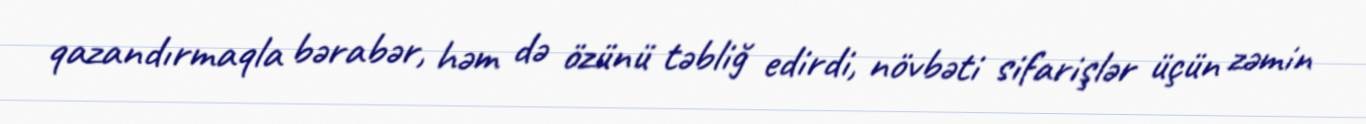
qazandırmaqla bərabər, həm də özünü təbliğ edirdi, növbəti sifarişlər üçün zəmin